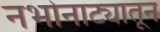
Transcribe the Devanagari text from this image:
नभोनाट्यातून